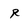
Character: R